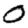
Digit: 0